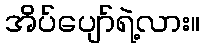
အိပ်ပျော်ရဲ့လား။